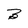
Character: B